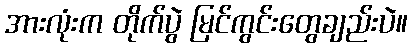
အားလုံးက တိုက်ပွဲ မြင်ကွင်းတွေချည်းပဲ။